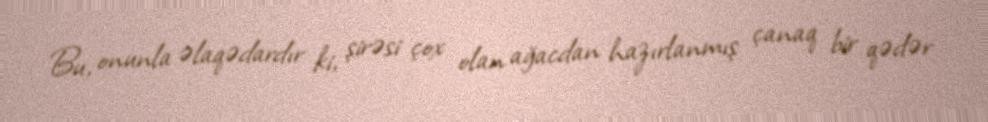
Bu, onunla əlaqədardır ki, şirəsi çox olan ağacdan hazırlanmış çanaq bir qədər